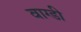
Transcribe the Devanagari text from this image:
वाग्डी